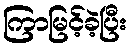
ကြာမြင့်ခဲ့ပြီး